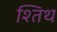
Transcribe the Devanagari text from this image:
श्तिथ